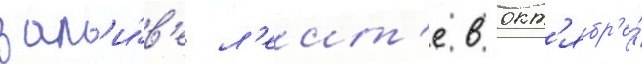
зал'и́в'е л'еит'е в окт'ябр'е́